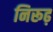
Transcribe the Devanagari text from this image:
निरूढ़